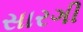
સારગી